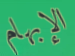
الإبهام